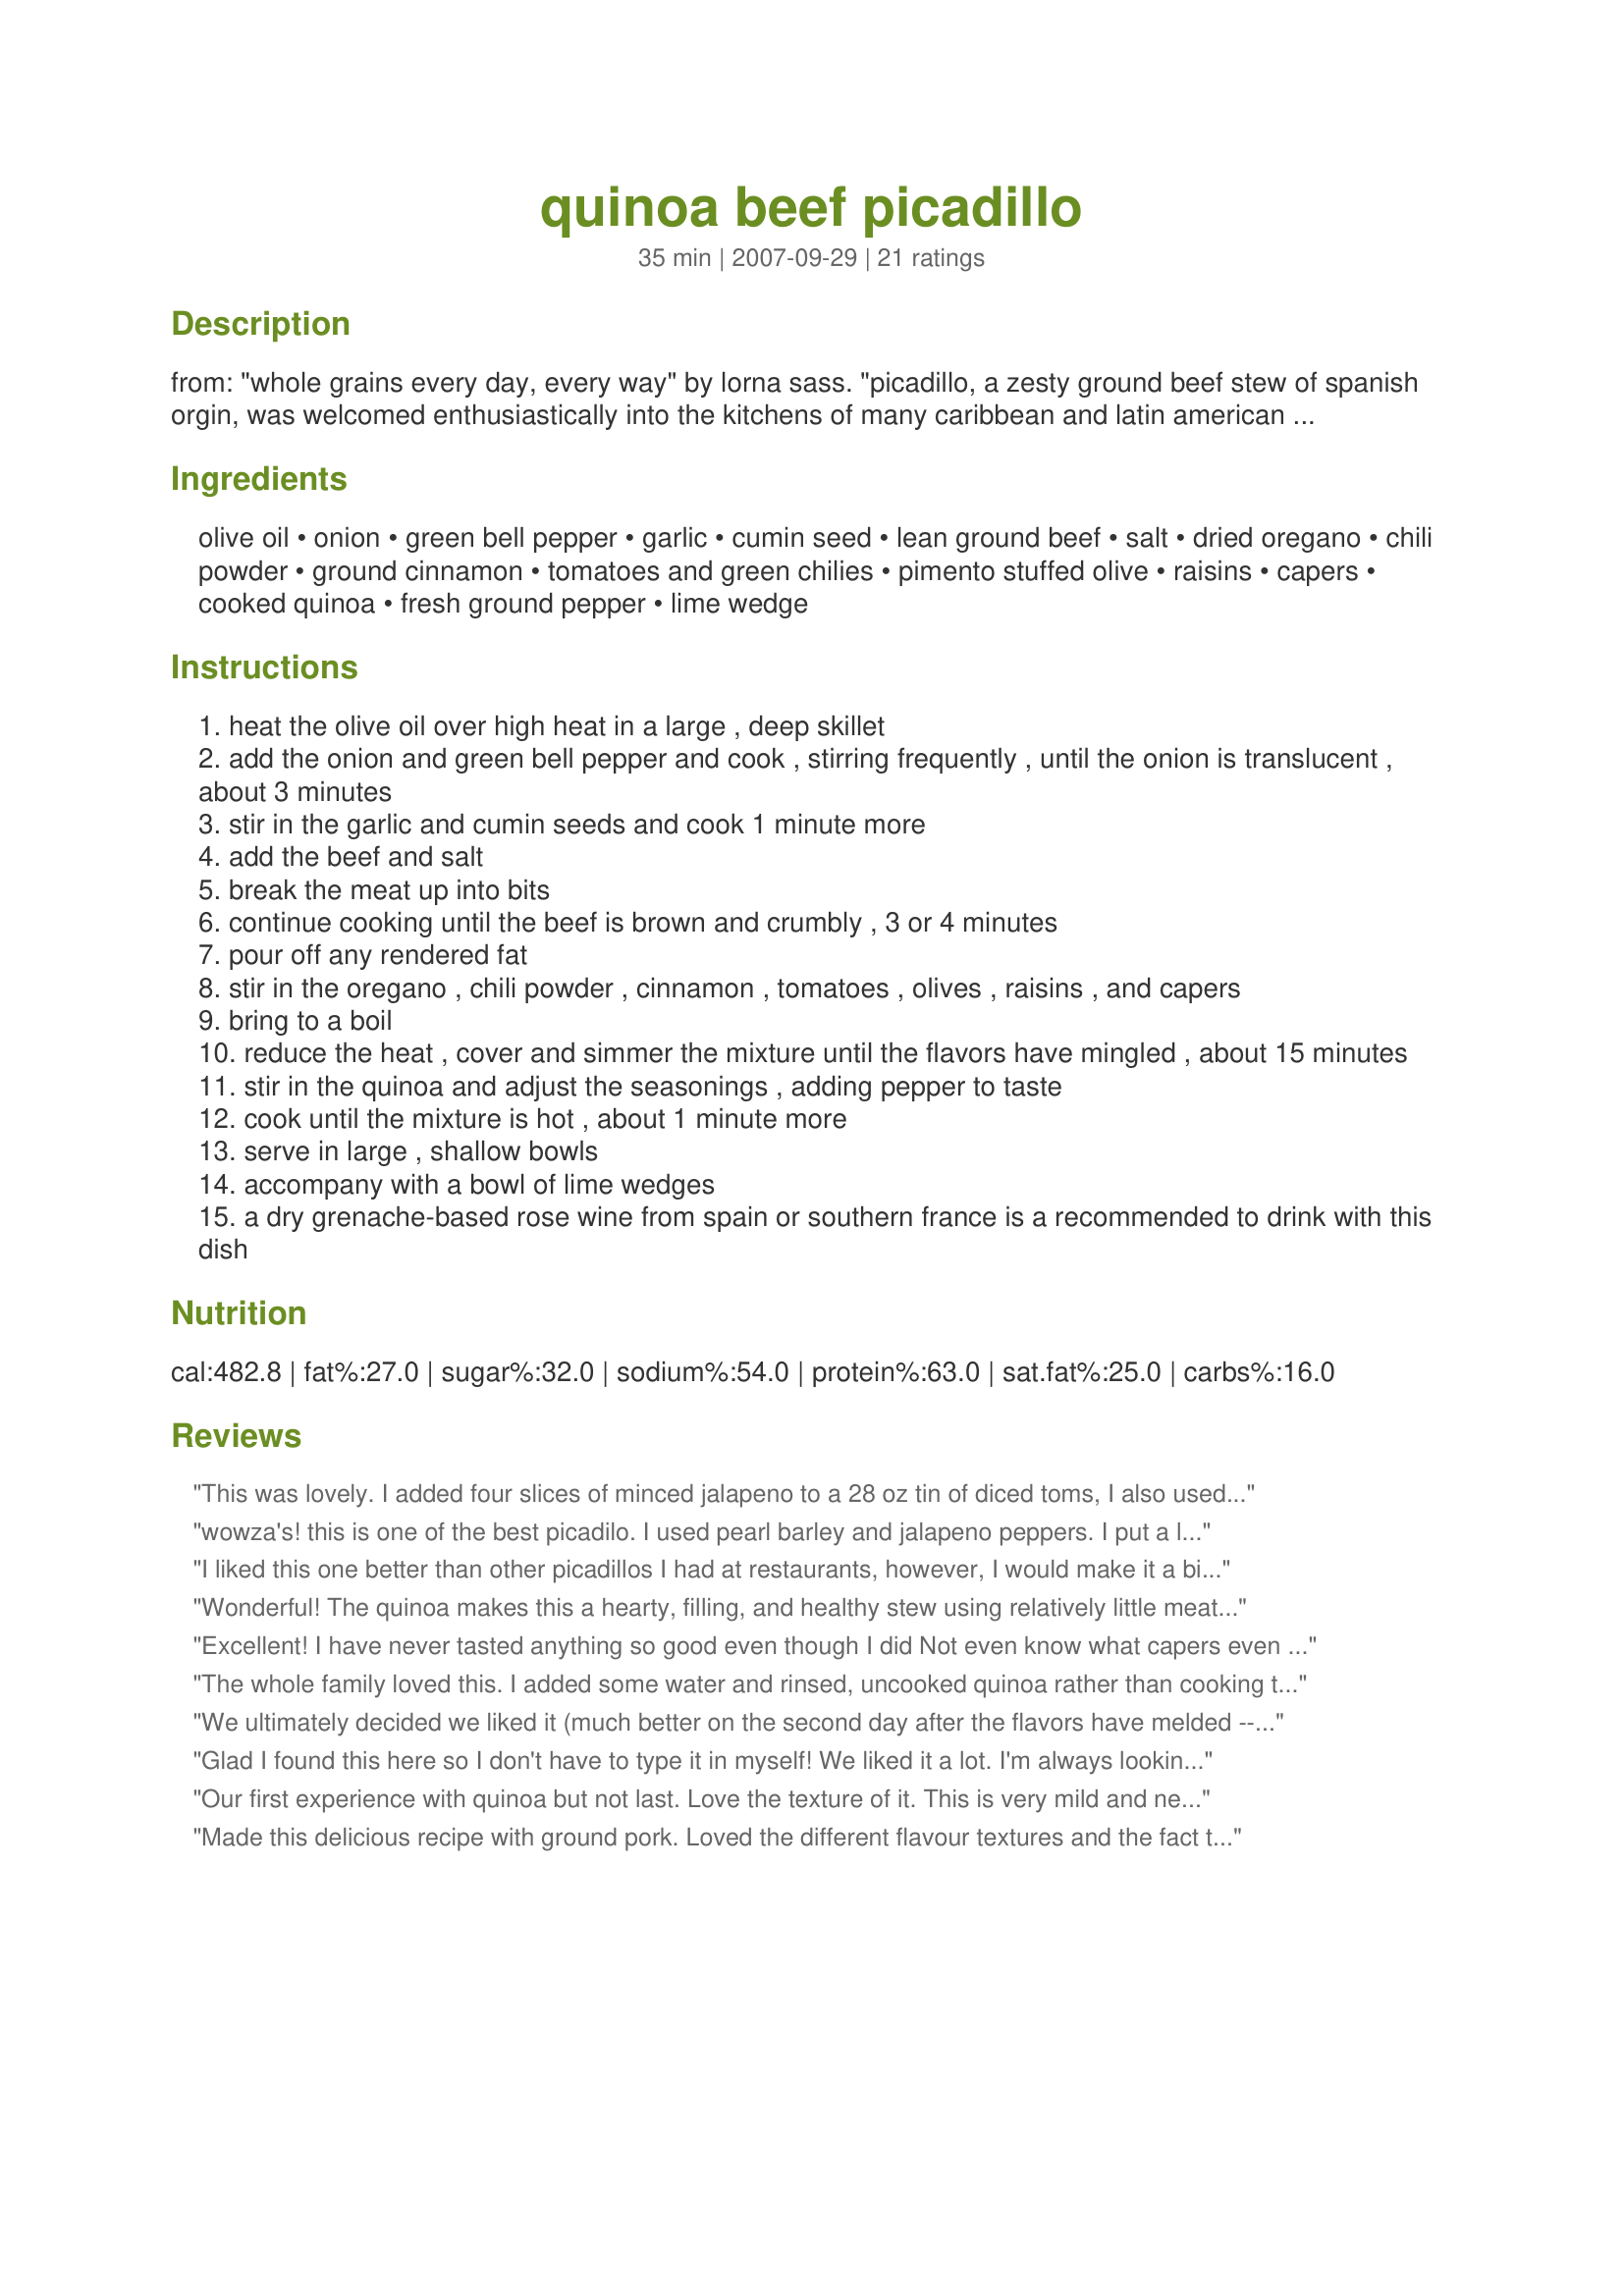
quinoa beef picadillo
Preparation time: 35 minutes

from: "whole grains every day, every way" by lorna sass. "picadillo, a zesty ground beef stew of spanish orgin, was welcomed enthusiastically into the kitchens of many caribbean and latin american cooks during the colonial period. variations abound, but i favor the ones that achieve a balance of sweet and salty by including raisins and pimento-stuffed olives. though picadillo is traditionally served over rice, by mixing high-protein quinoa right into the stew, you can go easy on the meat and still have a very satisfying meal."

Ingredients:
olive oil, onion, green bell pepper, garlic, cumin seed, lean ground beef, salt, dried oregano, chili powder, ground cinnamon, tomatoes and green chilies, pimento stuffed olive, raisins, capers, cooked quinoa, fresh ground pepper, lime wedge

Steps:
heat the olive oil over high heat in a large , deep skillet
add the onion and green bell pepper and cook , stirring frequently , until the onion is translucent , about 3 minutes
stir in the garlic and cumin seeds and cook 1 minute more
add the beef and salt
break the meat up into bits
continue cooking until the beef is brown and crumbly , 3 or 4 minutes
pour off any rendered fat
stir in the oregano , chili powder , cinnamon , tomatoes , olives , raisins , and capers
bring to a boil
reduce the heat , cover and simmer the mixture until the flavors have mingled , about 15 minutes
stir in the quinoa and adjust the seasonings , adding pepper to taste
cook until the mixture is hot , about 1 minute more
serve in large , shallow bowls
accompany with a bowl of lime wedges
a dry grenache-based rose wine from spain or southern france is a recommended to drink with this dish

Reviews:
This was lovely. I added four slices of minced jalapeno to a 28 oz tin of diced toms, I also used 1/2 and 1/8 tsp of ground cumin to compensate for a lack of seeds...
Anyway, this was awesome - so comforting. The raisins were a delight and the olives satisfying, and there was beef in every bite AND it's amde with quinoa - we love quinoa! Thanks so much for sharing. Going into the five star, make again file!
wowza's! this is one of the best picadilo. I used pearl barley and jalapeno peppers.

I put a little dollop of sour cream on the side for the heat, and totally enjoyed this.
I liked this one better than other picadillos I had at restaurants, however, I would make it a bit less spicy next time but sub 1 small diced tomatoes and 1 small diced tomatoes with chillies. I also thought that the quinoa was too much and would probably use only half next time. Also, note that I sub ground lean turkey for the beef to make it more healthy.
Wonderful! The quinoa makes this a hearty, filling, and healthy stew using relatively little meat, and the spices and the sweet/salty/tart combination of the raisins/olives/capers give it a nice complexity and slightly exotic taste. Definitely a keeper. Thanks, Engrossed!
Excellent! I have never tasted anything so good even though I did Not even know what capers even were or that they existed, I tried my first lime that I know of. It's much worse than Warheads Extreme Sour!--- The recipe would taste better without the olives because the olives are sour and has a strong taste plus add some raisins on top and apparently my father was on his fifth large plate and I was still on my second bowl, even the picky one, My twin Bradan loves it and so do I. Brown rice is recommended. Excellent for meals!
The whole family loved this. I added some water and rinsed, uncooked quinoa rather than cooking the quinoa separately. Worked great!
We ultimately decided we liked it (much better on the second day after the flavors have melded -- yes you would want to mix this with the quinoa to go for the max blending of flavors), but the combination of flavors does take a bit of getting used to. I would skip the raisins next time -- this recipe is non-committal...either go all out with the sweet (1/2 cup+ raisins) or skip them altogether, because it was weird getting that super-sweet taste in every 3rd or 4th bite...sort of a shock to the palate. Just a helpful hint, 3 cups of cooked quinoa is about 1 cup uncooked (or a bit less). If you can't find diced tomatoes with green chiles, get a 28oz can of diced tomatoes and a small 6oz can of diced green chilies.
Glad I found this here so I don't have to type it in myself! We liked it a lot. I'm always looking for quinoa recipes. I used 3 10-oz. cans Rotel tomatoes and left out the raisins. Next time I'm going to add some cubed sweet potatoes or butternut squash. I'll also make it spicier and use ground turkey as others suggested.
Our first experience with quinoa but not last. Love the texture of it. This is very mild and next time I will add more chile powder. Thanks for sharing Engrossed. Made for ZWT4 the Flying Dutchess'.
Made this delicious recipe with ground pork. Loved the different flavour textures and the fact that it was served with quinoa which the kids, for once, ate! Thanks!
My husband and I love Quinoa and would eat it I think for every dish if we could. This was such an amazing recipe. I of course changed it to fit our healthy choices and tastes (eliminating the cinnamon and raisins and using free range ground turkey). This is definitely a keeper! I was a little hesitant to make so much Quinoa and cut it back to two cups and it was STILL alot of food. Always remember to check your serving sizes! Two cups of Quinoa could have easily served 6! (My husband had seconds, my mother did too, and there is enough left overs for another entire meal for 4.)
Perfect dish! We loved this!! Used lean ground beef and 1 large red pepper. Served it on quinoa. This was real good - can't wait to make it again!! Thanks Engrossed! :)
I changed this a little bit, using ground turkey breast, a little less olive oil and no olives, as I just don't care for them much. My spice hating mom even had 2 servings of it. Good thing it made a huge pan full! I also only had 1 14 ounce can of tomatoes and so I diced up 2 vine ripened tomatoes that I had on hand to make up the difference.

This was very good and isn't all that spicey, which is a plus here. I would say that it easily serves 6 people. Thanks! Will make this again!
I've just had the last of the leftovers for lunch and realized I neglected to post my review. As someone who really enjoys bold combinations of sweet and spicy (often with tangy and/or salty) in my main courses, picadillo has been a longtime favorite. Add quinoa, one of my favorite grains, and I'm a pretty happy diner. To make this suit my diet I used an combination of 90% lean beef and replaced about 1/4 of the meat with finely diced mushrooms, something well suited for highly seasoned dishes such as this. The flavors were sharp, bright and bold. and I thought the balance between the raisins and olives were just right. My half batch made 3 generous servings.
As most, I was not sure what to think, but this is such a delicious and unique dish. I used basmati rice and half the amount the dish calls for, which really lets you enjoy the variety of flavors. And super quick and simple to make! Plus, just as good the next day for leftovers.
This was so delicious! I used tomatoes with hot chilies, so there was a little kick. The raisins - I used golden - added a perfect counterpoint to the spiciness. I used a chili powder mix that had cinnamon and a hint of cocoa in it. This is a keeper!
It's good. I used beef and other colour peppers out of dislike for green. I used marjoram instead of oregano as that's what I had on hand. I added a little Recipe #79179 instead of chili powder. I used canned tomatoes crushed like a sauce: no chunks and no chili peppers in it. I can't remember if I added raisins but I wouldn't if I would make this again. And like many I served this on a bed of quinoa not mixed in. The topping was good the quinoa, which I cooked in chicken stock, was still plain.
Easy, healthy and tasty! I used golden raisins because that's what I had on hand. The combination of salty and sweet was very nice. First time having quinoa and I'm fascinated. Can't wait to find other ways to use it. Thanks for sharing!
Made this with ground turkey and barley. Yummy! I made this for the family so I had to leave out the heat for my kids. My husband and I added some peppers to ours and that really made a difference. Will make this again!
I was originally intrigued with this recipe, but didn&#039;t know how all of the spices plus olives/capers plus raisins would be. I needn&#039;t have worried, because this is an amazing dish. It has become a favorite with my family. I generally serve it mixed with brown rice instead of quinoa, and have made it with both lean ground beef and ground turkey. Both versions are delicious!
Wow, this was a great dish! The flavors just really all sing together. I used 2 red bell peppers, half the meat (actually veggie crumbles), half the salt, and left out the raisins. I followed a reviewer's calculation of 1/2 cup dry quinoa and thought cooked it was the perfect amount for this. Next time I will double the capers. It sounded good, but tasted even better!
